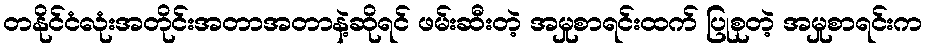
တနိုင်ငံလုံးအတိုင်းအတာအတာနဲ့ဆိုရင် ဖမ်းဆီးတဲ့ အမှုစာရင်းထက် ပြုစုတဲ့ အမှုစာရင်းက